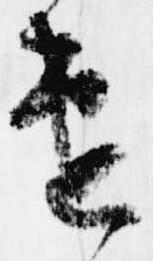
速